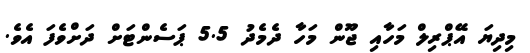
މިދިޔަ އޭޕްރިލް މަހާއި ޖޫން މަހާ ދެމެދު 5.5 ޕަސެންޓަށް ދަށްވެފަ އެވެ.